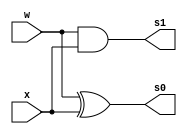
// ------------------------- 
// Exemplo0033 - FULL ADDER 
// Nome: Pedro Henrique Vilar Locatelli 
// ------------------------- 
// ------------------------- 
		module halfAdder (output s0, 
								output s1,
		                  input w,  
		                  input x); 
		
		xor (s0, w, x);
		and (s1, w, x);
		 
		endmodule // halfAdder 

		module fullAdder (output s0, 
								output s1,
		                  input w,  
		                  input x,  
		                  input ci);
			wire sxor,sand1,sand2;				
						 
			halfAdder ha1(sxor,sand1,w,x);
			halfAdder ha2(s0,sand2,ci,sxor);
			or (s1, sand1, sand2);

		endmodule // fullAdder
				
		module testZero (output magi,
							  input [5:0] casper,
							  input belthasar,
							  input melchior);
							  
			wire m1,m2,m3,m4,nimagi;
			or (m1, casper[0], casper[1]);
			or (m2, casper[2], casper[3]);
			or (m3, m1, m2);
			or (m4, m3, casper[4]);
			or (nimagi, m4, belthasar);
			xor(magi, nimagi, melchior);
			
		endmodule
			
		
	module test_fullAdder; 
// ------------------------- definir dados 
		reg [5:0] y; 
		reg [5:0] z; 
		reg vazio;
		reg vazio1;
		reg nihil;
		wire carry1; 
		wire carry2; 
		wire carry3; 
		wire carry4; 
		wire carry5; 
		wire sxe1; 
		wire sxe2; 
		wire sxe3; 
		wire sxe4; 
		wire sxe5; 
		wire sxe6; 
		wire [5:0] s0f;
		wire s1r;
		wire s1f;
		wire zero;
		wire res;
		
		xor (sxe1, vazio, z[0]);
		xor (sxe2, vazio, z[1]);
		xor (sxe3, vazio, z[2]);
		xor (sxe4, vazio, z[3]);
		xor (sxe5, vazio, z[4]);
		xor (sxe6, vazio, z[5]);
		
		fullAdder fa1 (s0f[0], carry1, y[0], sxe1, vazio);
		fullAdder fa2 (s0f[1], carry2, y[1], sxe2, carry1);
		fullAdder fa3 (s0f[2], carry3, y[2], sxe3, carry2);
		fullAdder fa4 (s0f[3], carry4, y[3], sxe4, carry3);
		fullAdder fa5 (s0f[4], carry5, y[4], sxe5, carry4);
		fullAdder fa6 (s0f[5], s1r, y[5], sxe6, carry5);
		
		xor (s1f, s1r, vazio);
		

		
		testZero tz (zero, s0f, s1f, nihil);
		
// ------------------------- parte principal 
	initial begin 
		$display("Exemplo0032 - Pedro Henrique Vilar Locatelli - 427453"); 
		$display("Test ALU's full adder"); 
		
		// projetar testes do somador complete
		#1 nihil = 1'b1;
		#1 vazio1 = 1'b1;
		
		#1 y = 5'b00001; z = 5'b00001; vazio = 1'b0;
		
		$monitor("%b op %b com chave %b (0+, 1-) = %b%b que e' %b (1-tudo zero, 0-nao zero)", y, z, vazio, s1f, s0f, zero ); 
		
		#2 y = 5'b00101; z = 5'b00101; vazio = 1'b0;
		#2 y = 5'b00101; z = 5'b00101; vazio = 1'b1;
		#2 y = 5'b00001; z = 5'b00001; vazio = 1'b1;
		#2 y = 5'b00101; z = 5'b00001; vazio = 1'b1;
		#2 y = 5'b00101; z = 5'b00001; vazio = 1'b0;
		#2 y = 5'b01011; z = 5'b00001; vazio = 1'b1;
		
	end 
endmodule // test_fullAdder